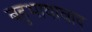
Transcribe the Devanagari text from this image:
बहुभाषावाद